Vital statistics of India. Vol. VI, European troops 1870-79
Year: 1870
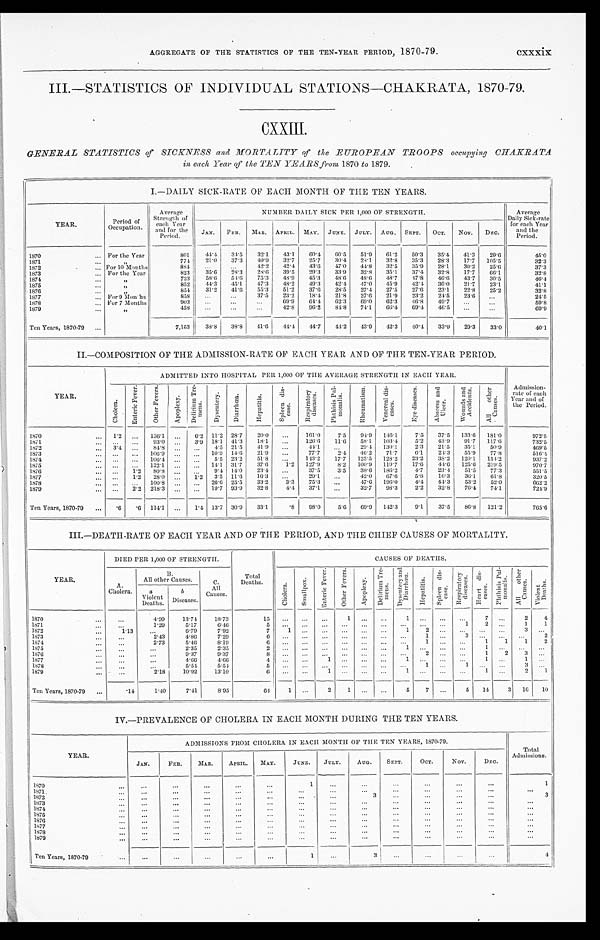
AGGREGATE OF THE STATISTICS OF THE TEN-YEAR PERIOD, 1870-79. cxxxix
III.—STATISTICS OF INDIVIDUAL STATIONS—CHAKRATA, 1870-79.
CXXIII.
GENERAL STATISTICS of SICKNESS and MORTALITY of the EUROPEAN TROOPS occupying CHAKRATA
in each Year of the TEN YEARS from 1870 to 1879.
I.—DAILY SICK-RATE OF EACH MONTH OF THE TEN YEARS.
Y E A R .
Period of
Occupation.
Average
S t r e n g t h o f e a c h y e a r a n d f o r t h e
Period.
NUMBER DAILY SICK PER 1, 000 OF STRENGTH.
Average
Daily Sick-rate
for each Year
and the
Per i od.
JAN. FEB. MAR. APRIL. MAY. JUNE. JULY. AUG. SEPT. OCT. Nov. DEC.
1870
For the Year
8 0 1 44.4
3 4 . 5 32.1 43.1 60.4 60.5 51.9 61.2 50.3 35.4 41.3
2 9 . 6
45.0
1871
„
774
2 1 . 0
3 7 . 3 40.9 32.7 25.7 30.4 28.1
3 2 . 8
3 5 . 3
2 8 . 3 17.7 105.5
3 2 . 3
1872
For 10 Months
8 8 4
42.2 42.4 43.6 47.0 44.8
3 2 . 5
3 5 . 9 28.1.
3 0 . 2
2 5 . 6
37.3
1873
For the Year
8 2 3
3 5 . 6 2 8 . 3
2 8 . 6 39.5
2 9 . 3 33.9
3 2 . 8 35.1 37.4
3 2 . 8 17.7
6 6 . 1
3 2 . 8
1874
„
733
5 8 . 6
5 4 . 6 75.3 48.9
4 5 . 3 48.6 48.6 48.7 47.8 46.6 43.7
3 0 . 5
46.4
1875
„
8 5 2
4 4 . 3 45.1 47.3 48.2 49.3 42.4 47.0 45.9 42.4 36.0
2 1 . 7
2 3 . 1
41.1
1876
„
854
3 1 . 2 41.6
5 5 . 3 51.2 37.6
2 8 . 5 27.4 27.5 27.6 23.1
2 2 . 8
2 5 . 2
3 2 . 8
1 8 7 6 For 9 Months
8 5 8
37.5
2 3 . 2 18.4 21.8 27.6 21.9
2 3 . 2 24.5
2 3 . 6
24.5
1878
For 7 Months
903
69.9
6 4 . 4
6 2 . 3 69.0
6 2 . 3 46.8 49.7
59.8
1879
„
458
42.8 96.2
8 4 . 8 74.1 66.4
6 9 . 4 46.5
69.9
Ten Years, 1870-79
7,153
3 8 . 8
3 8 . 8 41.6 44.4 44.7 44.2 43.9 42.3 40.4 33.9
2 9 . 3
3 3 . 0
40. 1
II.—COMPOSITION OF THE ADMISSION-RATE OF EACH YEAR. AND OF THE TEN-YEAR PERIOD.
Y E A R .
ADMITTED INTO HOSPITAL PER 1,000 OF THE AVERAGE STRENGTH IN EACH YEAR.
Admission-
rate of each
Year and of
the Period.
C h o l e r a .
E n t e r i c F e v e r . O t h e r F e v e r s .
A p o p l e x y .
D e l i r i u m T r e -
mens .
D y s e n t e r y . D i a r r h œ a .
H e p a t i t i s .
S p l e e n d i s -
e a s e .
R e s p i r a t o r y d i s e a s e s .
P h t h i s i s P u l -
m o n a l i s .
R h e u m a t i s m .
V e n e r e a l d i s -
e a s e s .
E y e d i s e a s e s . A b s c e s s a n d U l c e r . W o u n d s a n d A c c i d e n t s .
A l l o t h e r C a u s e s .
1 8 7 0
1.2
136.1
6. 2 11.2 28.7
2 0 . 0
161.0 7.5 94.9 146.1 7.5
3 7 . 5 133.6 181.0
972. 5
1871
93.0
3. 9 18.1 41.3 18.1
126.6 11.6
5 8 . 1 103.4 5.2 43.9 91. 7 117.6
732. 5
1872
3 . 4
84. 8
4. 5 21.5 41.9
44.1
2 9 . 4 130.1 2.3
2 1 . 5 35. 1
5 0 . 9
469. 5
1 8 7 3
106.9
10.9 14.6
2 1 . 9
77.7
2 . 4
4 6 . 2 71.7 6.1
2 4 . 3
5 5 . 9 77.8
516.4
1 8 7 4
106.4
5. 5 23.2
5 1 . 8
143.2 17.7 125.5 128.2 23.2
3 8 . 2 120.1 154.2
937. 2
1 8 7 5
122.1
14.1 31.7
3 7 . 6 1.2 127.9
8 . 2 100.9 119.7 17.6 44.6 125.6 219.5
970. 7
1 8 7 6
1 . 2 80. 8
9. 4 14.0
2 3 . 4
37. 5
3 . 5
3 8 . 6 186.2 4.7
2 3 . 4
5 1 . 5 77.3
551. 5
1877
1 . 2 28. 0
1.2 3. 5 11.6 16.3
29. 1
42.0
67. 6
5 . 8 16.3
3 6 . 1 61.8
320. 5
1878
100.8
26. 6 25.5
3 3 . 2
3 . 3 75.3
4 7 . 6 196.0 4.4 44.3
5 3 . 2 52.0
6 6 2 . 2
1879
2 . 2 218. 3
19.7 93.9
3 2 . 8 4. 4
37. 1
3 2 . 7 98.3
2 . 2 3 2 . 8 76.4 74.1
724. 9
Ten Years, 1870-79 . 6
. 6 114.1
1.4 13.7 30.9
3 3 . 1
. 8 98.0
5 . 6
6 9 . 9 142.3 9.1
3 7 . 5
8 6 . 8 121.2
765. 6
III.—DEATH-RATE OF EACH YEAR AND OF THE PERIOD, AND THE CHIEF CAUSES OF MORTALITY.
Y E A R .
DIED PER 1,000 OF STRENGTH.
Total
Deaths.
C A U S E S O F D E A T H S .
A .
Cholera.
B .
All other Causes.
C .
All
Causes.
C h o l e r a .
S m a l l p o x .
E n t e r i c F e v e r .
O t h e r F e v e r s .
A p o p l e x y .
D e l i r i u m T r e - m e n s .
D y s e n t e r y a n d D i a r r h œ a .
H e p a t i t i s .
Spl een di s-
ease.
R e s p i r a t o r y d i s e a s e s . H e a r t d i s - e a s e s .
P h t h i s i s P u l - m o n a l i s .
A l l o t h e r C a u s e s . V i o l e n t D e a t h s .
a
Violent Deaths.
b
Diseases
1870
4.99 13.74 18.73
15
1
1
7
2 4
1871
1.29
5.17
6.46
5
1 2
1 1
1872
1.13
6.79
7.92
7
1
1
2
3
1873
2.43
4.86 7.29
6
1
3
2
1874
2.73
5.46
8 . 1 9
6
1
1 1 1
2
1875
2 . 3 5
2 . 3 5
2
1
1
1876
9.37 9.37
8
2
1
2 3
1877
4.66
4 . 6 6
4
1
1
1
1
1 8 7 8
5 . 5 4
5 . 5 4
5
1
1
3
1879
2.18 10.92 13.10
6
1
1
1
2
1
Ten Years, 1870-79
.14
1.40
7.41 8.95
64 1
2 1
5
7
5 14
3 16 10
IV.—PREVALENCE OF CHOLERA IN EACH MONTH DURING THE TEN YEARS.
Y E A R .
ADMISSIONS FROM CHOLERA IN EACH MONTH OF THE TEN YEARS, 1870-79.
Total
Admissions.
J AN.
FEB.
MAR.
APRIL. MAY.
JUNE. JULY.
AUG.
SEPT.
OC T .
NOV.
DEC.
1870
1
1
1871
1872
3
3
1873 1874
1875 1876 1877 1878 1879
Ten Years, 1870-79
1
3
4